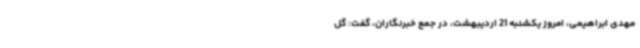
مهدی ابراهیمی، امروز یکشنبه 21 اردیبهشت، در جمع خبرنگاران، گفت: گل